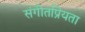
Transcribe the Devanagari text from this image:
संगीतप्रियता